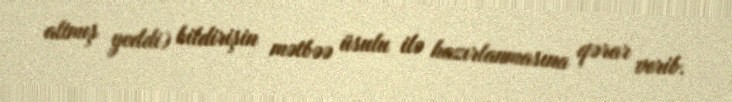
altmış yeddi) bildirişin mətbəə üsulu ilə hazırlanmasına qərar verib.